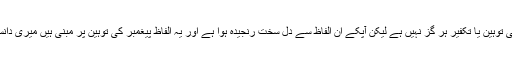
ہمارا مقصد آپکی توہین یا تکفیر ہر گز نہیں ہے لیکن آپکے ان الفاظ سے دل سخت رنجیدہ ہوا ہے اور یہ الفاظ پیغمبر کی توہین پر مبنی ہیں میری دانست کے مطابق۔